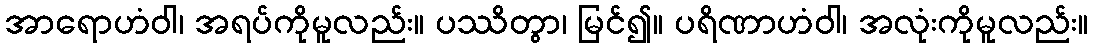
အာရောဟံဝါ၊ အရပ်ကိုမူလည်း။ ပဿိတွာ၊ မြင်၍။ ပရိဏာဟံဝါ၊ အလုံးကိုမူလည်း။